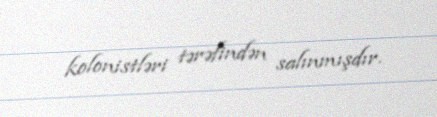
kolonistləri tərəfindən salınmışdır.